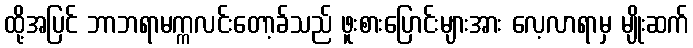
ထို့အပြင် ဘာဘရာမက္ကလင်းတော့ခ်သည် ဖူးစားပြောင်းများအား လေ့လာရာမှ မျိုးဆက်